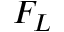
F _ { L }